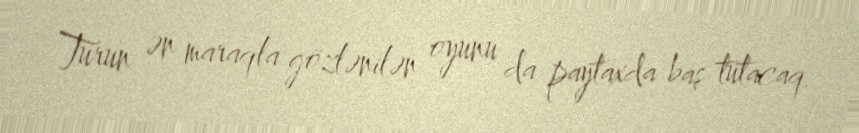
Turun ən maraqla gözlənilən oyunu da paytaxda baş tutacaq.